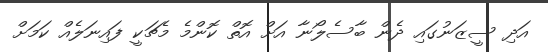
އަދި ސީޒަނުގައި ދެން ބާސެލޯނާ އަށް އޮތް ކޮންމެ މެޗަކީ ފައިނަލެއް ކަމަށް